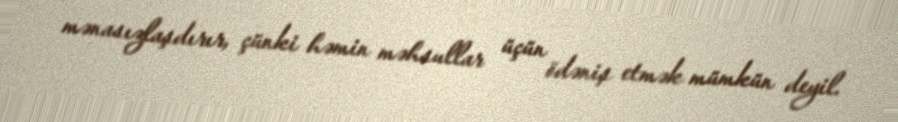
mənasızlaşdırır, çünki həmin məhsullar üçün ödəniş etmək mümkün deyil.